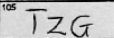
Transcription: TZG